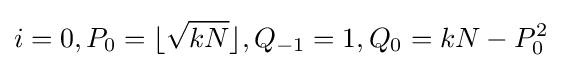
i=0,P_{0}=\lfloor {\sqrt {kN}}\rfloor ,Q_{-1}=1,Q_{0}=kN-P_{0}^{2}